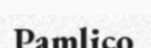
Pamlico